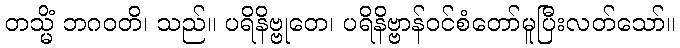
တသ္မိံ ဘဂဝတိ၊ သည်။ ပရိနိဗ္ဗုတေ၊ ပရိနိဗ္ဗာန်ဝင်စံတော်မူပြီးလတ်သော်။